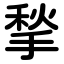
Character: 揫